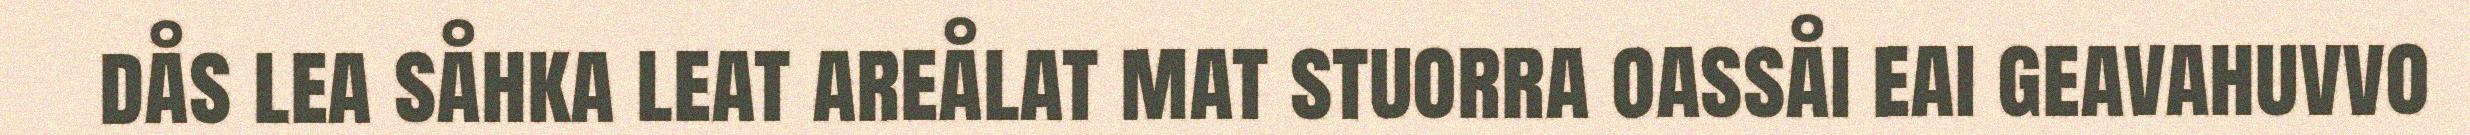
dås lea såhka leat areålat mat stuorra oassåi eai geavahuvvo